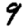
Digit: 9